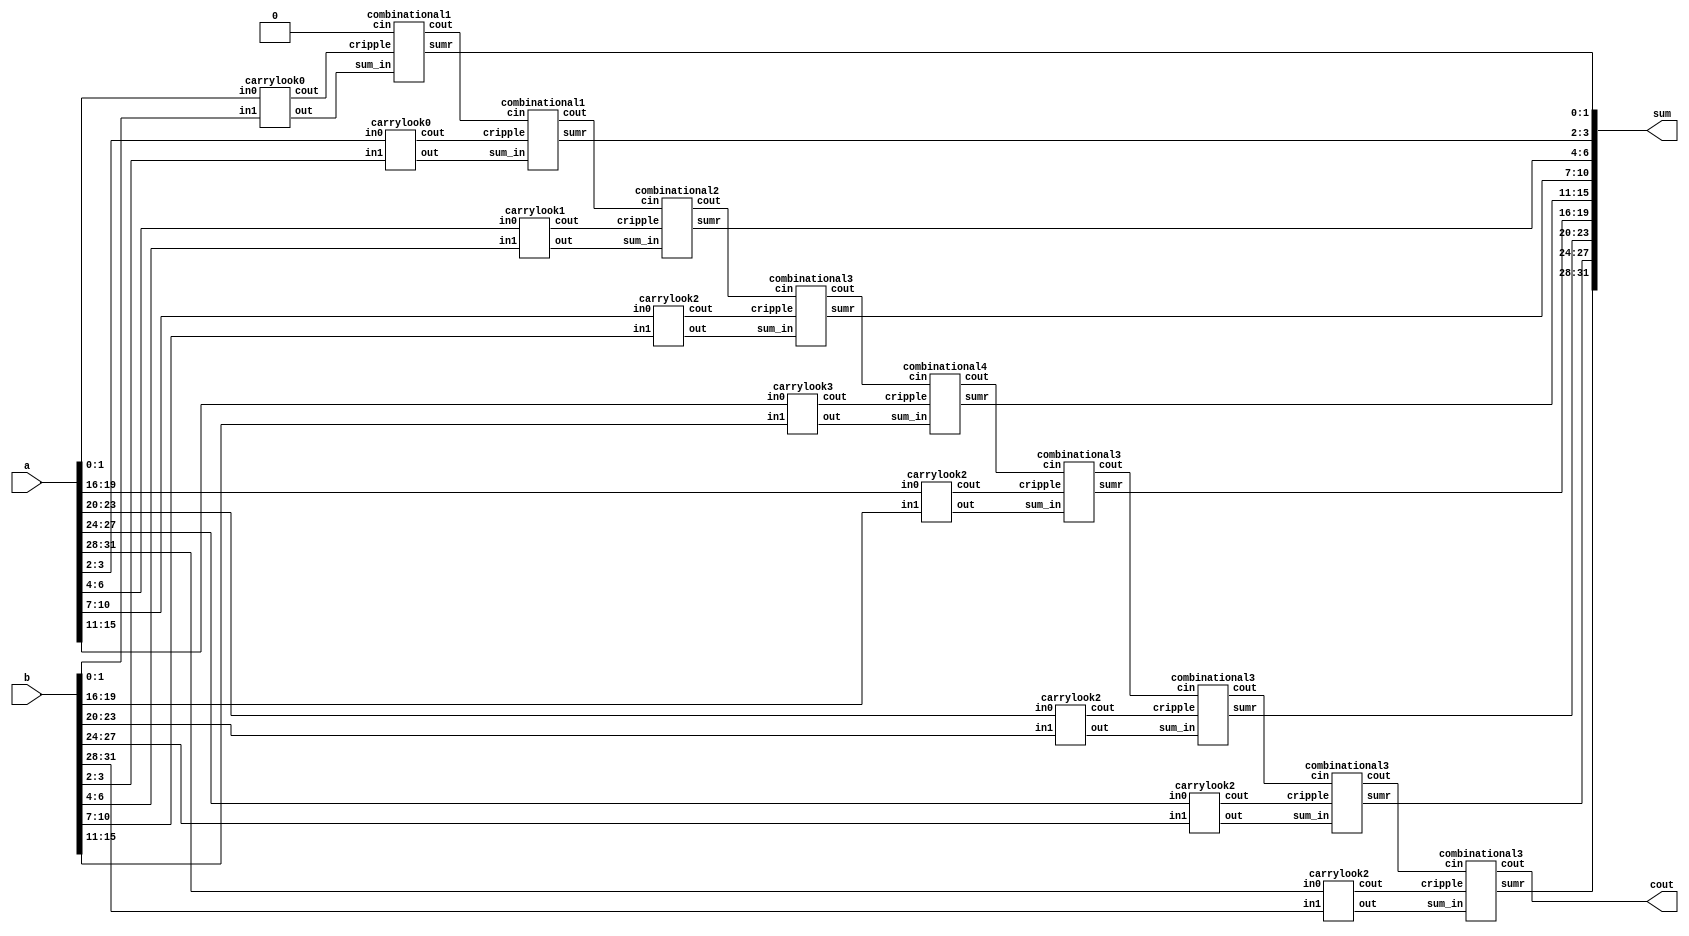
module bitwithoutmuxcarrylook(a,b,sum,cout);
    input [31:0]a;
    input [31:0]b;
    output [31:0]sum;
    output cout;
    wire [8:0]carry;
    wire [31:0]sum_inter;
    wire [7:0]carry_comb;
    carrylook0 s0(a[1:0],b[1:0],sum_inter[1:0],carry[0]);
    combinational1 s1(1'b0,sum_inter[1:0],carry[0],sum[1:0],carry_comb[0]);
    carrylook0 s2(a[3:2],b[3:2],sum_inter[3:2],carry[1]);
    combinational1 s3(carry_comb[0],sum_inter[3:2],carry[1],sum[3:2],carry_comb[1]);
    carrylook1 s4(a[6:4],b[6:4],sum_inter[6:4],carry[2]);
    combinational2 s5(carry_comb[1],sum_inter[6:4],carry[2],sum[6:4],carry_comb[2]);
    carrylook2 s6(a[10:7],b[10:7],sum_inter[10:7],carry[3]);
    combinational3 s7(carry_comb[2],sum_inter[10:7],carry[3],sum[10:7],carry_comb[3]);
    carrylook3 s8(a[15:11],b[15:11],sum_inter[15:11],carry[4]);
    combinational4 s9(carry_comb[3],sum_inter[15:11],carry[4],sum[15:11],carry_comb[4]);
    carrylook2 s10(a[19:16],b[19:16],sum_inter[19:16],carry[5]);
    combinational3 s11(carry_comb[4],sum_inter[19:16],carry[5],sum[19:16],carry_comb[5]);
    carrylook2 s12(a[23:20],b[23:20],sum_inter[23:20],carry[6]);
    combinational3 s13(carry_comb[5],sum_inter[23:20],carry[6],sum[23:20],carry_comb[6]);
    carrylook2 s14(a[27:24],b[27:24],sum_inter[27:24],carry[7]);
    combinational3 s15(carry_comb[6],sum_inter[27:24],carry[7],sum[27:24],carry_comb[7]);
    carrylook2 s16(a[31:28],b[31:28],sum_inter[31:28],carry[8]);
    combinational3 s17(carry_comb[7],sum_inter[31:28],carry[8],sum[31:28],cout);
endmodule

module combinational4(cin,sum_in,cripple,sumr,cout);
    input cin;
    input cripple;
    input [4:0]sum_in;
    output [4:0]sumr;
    output cout;
    wire [4:0]cp;
    combinational c0(cin,sum_in[0],sumr[0],cp[0]);
    combinational c1(cp[0],sum_in[1],sumr[1],cp[1]);
    combinational c2(cp[1],sum_in[2],sumr[2],cp[2]);
    combinational c3(cp[2],sum_in[3],sumr[3],cp[3]);
    combinational c4(cp[3],sum_in[4],sumr[4],cp[4]);
    assign cout = cp[4]^cripple;
endmodule

module combinational3(cin,sum_in,cripple,sumr,cout);
    input cin;
    input cripple;
    input [3:0]sum_in;
    output [3:0]sumr;
    output cout;
    wire [3:0]cp;
    combinational c0(cin,sum_in[0],sumr[0],cp[0]);
    combinational c1(cp[0],sum_in[1],sumr[1],cp[1]);
    combinational c2(cp[1],sum_in[2],sumr[2],cp[2]);
    combinational c3(cp[2],sum_in[3],sumr[3],cp[3]);
    assign cout = cp[3]^cripple;
endmodule

module carrylook3(in0, in1, out, cout);
	input [4:0] in0;
	input [4:0] in1;
	output [4:0] out;
	output cout;
    wire [4:0]G;
    wire [4:0]P;
    wire [4:0]C;
    assign G = in0 & in1; //Generate
    assign P = in0 ^ in1; //Propagate
    assign C[0] = 1'b0;
    assign C[1] = G[0] | (P[0] & C[0]);
    assign C[2] = G[1] | (P[1] & G[0]) | (P[1] & P[0] & C[0]);
    assign C[3] = G[2] | (P[2] & G[1]) | (P[2] & P[1] & G[0]) | (P[2] & P[1] & P[0] & C[0]);
    assign C[4] = G[3] | (P[3] & G[2]) | (P[3] & P[2] & G[1]) | (P[3] & P[2] & P[1] & G[0]) |(P[3] & P[2] & P[1] & P[0] & C[0]);
    assign cout = G[4] | (P[4] & G[3]) | (P[4] & P[3] & G[2]) | (P[4] & P[3] & P[2] & G[1]) |(P[4] & P[3] & P[2] & P[1] & G[0])|(P[4] & P[3] & P[2] & P[1] & P[0]& C[0]);
    assign out = P ^ C;
endmodule

module combinational2(cin,sum_in,cripple,sumr,cout);
    input cin;
    input cripple;
    input [2:0]sum_in;
    output [2:0]sumr;
    output cout;
    wire [2:0]cp;
    combinational c0(cin,sum_in[0],sumr[0],cp[0]);
    combinational c1(cp[0],sum_in[1],sumr[1],cp[1]);
    combinational c2(cp[1],sum_in[2],sumr[2],cp[2]);
    assign cout = cp[2]^cripple;
endmodule

module carrylook2(in0, in1, out, cout);
	input [3:0] in0;
	input [3:0] in1;
	output [3:0] out;
	output cout;
    wire [3:0]G;
    wire [3:0]P;
    wire [3:0]C;
    assign G = in0 & in1; //Generate
    assign P = in0 ^ in1; //Propagate
    assign C[0] = 1'b0;
    assign C[1] = G[0] | (P[0] & C[0]);
    assign C[2] = G[1] | (P[1] & G[0]) | (P[1] & P[0] & C[0]);
    assign C[3] = G[2] | (P[2] & G[1]) | (P[2] & P[1] & G[0]) | (P[2] & P[1] & P[0] & C[0]);
    assign cout = G[3] | (P[3] & G[2]) | (P[3] & P[2] & G[1]) | (P[3] & P[2] & P[1] & G[0]) |(P[3] & P[2] & P[1] & P[0] & C[0]);
    assign out = P ^ C;
endmodule

module combinational1(cin,sum_in,cripple,sumr,cout);
    input cin;
    input cripple;
    input [1:0]sum_in;
    output [1:0]sumr;
    output cout;
    wire [1:0]cp;
    combinational c0(cin,sum_in[0],sumr[0],cp[0]);
    combinational c1(cp[0],sum_in[1],sumr[1],cp[1]);
    assign cout = cp[1]^cripple;
endmodule

module carrylook1(in0, in1, out, cout);
	input [2:0] in0;
	input [2:0] in1;
	output [2:0] out;
	output cout;
    wire [2:0]G;
    wire [2:0]P;
    wire [2:0]C;
    assign G = in0 & in1; //Generate
    assign P = in0 ^ in1; //Propagate
    assign C[0] = 1'b0;
    assign C[1] = G[0] | (P[0] & C[0]);
    assign C[2] = G[1] | (P[1] & G[0]) | (P[1] & P[0] & C[0]);
    assign cout = G[2] | (P[2] & G[1]) | (P[2] & P[1] & G[0]) | (P[2] & P[1] & P[0] & C[0]);
    assign out = P ^ C;
endmodule

module combinational(cin,sum_in,sumr,cind);
    input cin;
    input sum_in;
    output sumr;
    output cind;
    assign sumr = cin^sum_in;
    assign cind = cin&sum_in;
endmodule

module carrylook0(in0, in1, out, cout);
	input [1:0] in0;
	input [1:0] in1;
	output [1:0] out;
	output cout;
    wire [1:0]G;
    wire [1:0]P;
    wire [1:0]C;
    assign G = in0 & in1; //Generate
    assign P = in0 ^ in1; //Propagate
    assign C[0] = 1'b0;
    assign C[1] = G[0] | (P[0] & C[0]);
    assign cout = G[1] | (P[1] & G[0]) | (P[1] & P[0] & C[0]);
    assign out = P ^ C;
endmodule

module full_adder(in0, in1, cin, out, cout);
	input in0, in1, cin;
	output out, cout;

	assign out = in0 ^ in1 ^ cin;
	assign cout = ((in0 ^ in1) & cin) | (in0 & in1);
endmodule